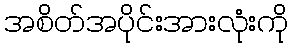
အစိတ်အပိုင်းအားလုံးကို